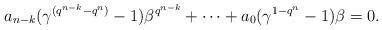
\begin{align*} a_{n-k}(\gamma^{(q^{n-k}-q^n)}-1)\beta^{q^{n-k}}+\cdots +a_0(\gamma^{1-q^n}-1)\beta=0. \end{align*}